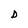
Character: D